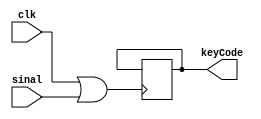
module leitor(clk, sinal, keyCode);

input clk,sinal;
output reg [7:0] keyCode;

reg contador, cont_bits, pos;

initial contador = 0; 
initial pos = 0;
initial cont_bits = 0;

always @(posedge clk || sinal) begin
	
	if (sinal==1)begin
			contador <= contador+1;//quantidade de pulsos - sinal high
	end

	if (sinal == 0)begin
		cont_bits <= cont_bits+1;//quantidade de bits recebidos pelo sinal
		if(cont_bits > 17 && cont_bits <= 25)begin//intervalo do key code
			if(contador == 23000)begin
				keyCode[pos] <= 0;
				pos <= pos+1;
			end
			if(contador == 79000)begin
				keyCode[pos] <= 1;
				pos <= pos+1;
			end
		end

		if(cont_bits == 34)begin
			pos <= 0;	
			cont_bits <= 0;	
		end
		contador <= 0;
	end
end

endmodule